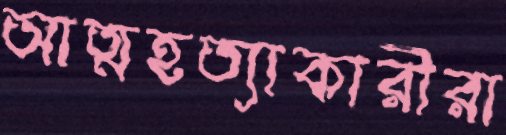
আত্মহত্যাকারীরা